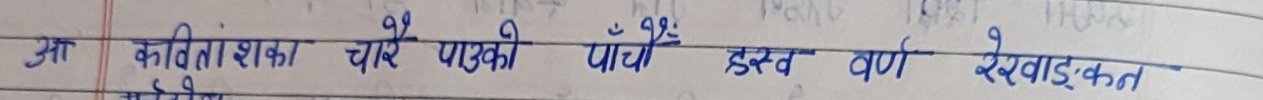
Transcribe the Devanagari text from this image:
आ कविताशका चारे पाउको पाँच ह्रस्व वर्ण रेखाङ्कन